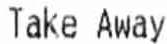
TAKE AWAY